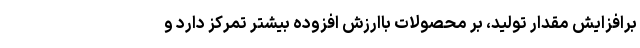
برافزایش مقدار تولید، بر محصولات باارزش افزوده بیشتر تمرکز دارد و